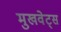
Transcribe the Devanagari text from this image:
मुखवेट्स